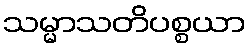
သမ္မာသတိပစ္စယာ